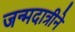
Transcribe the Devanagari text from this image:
जन्मदात्रीने